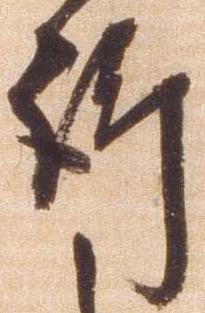
訴